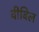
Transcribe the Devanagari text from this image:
वीविल